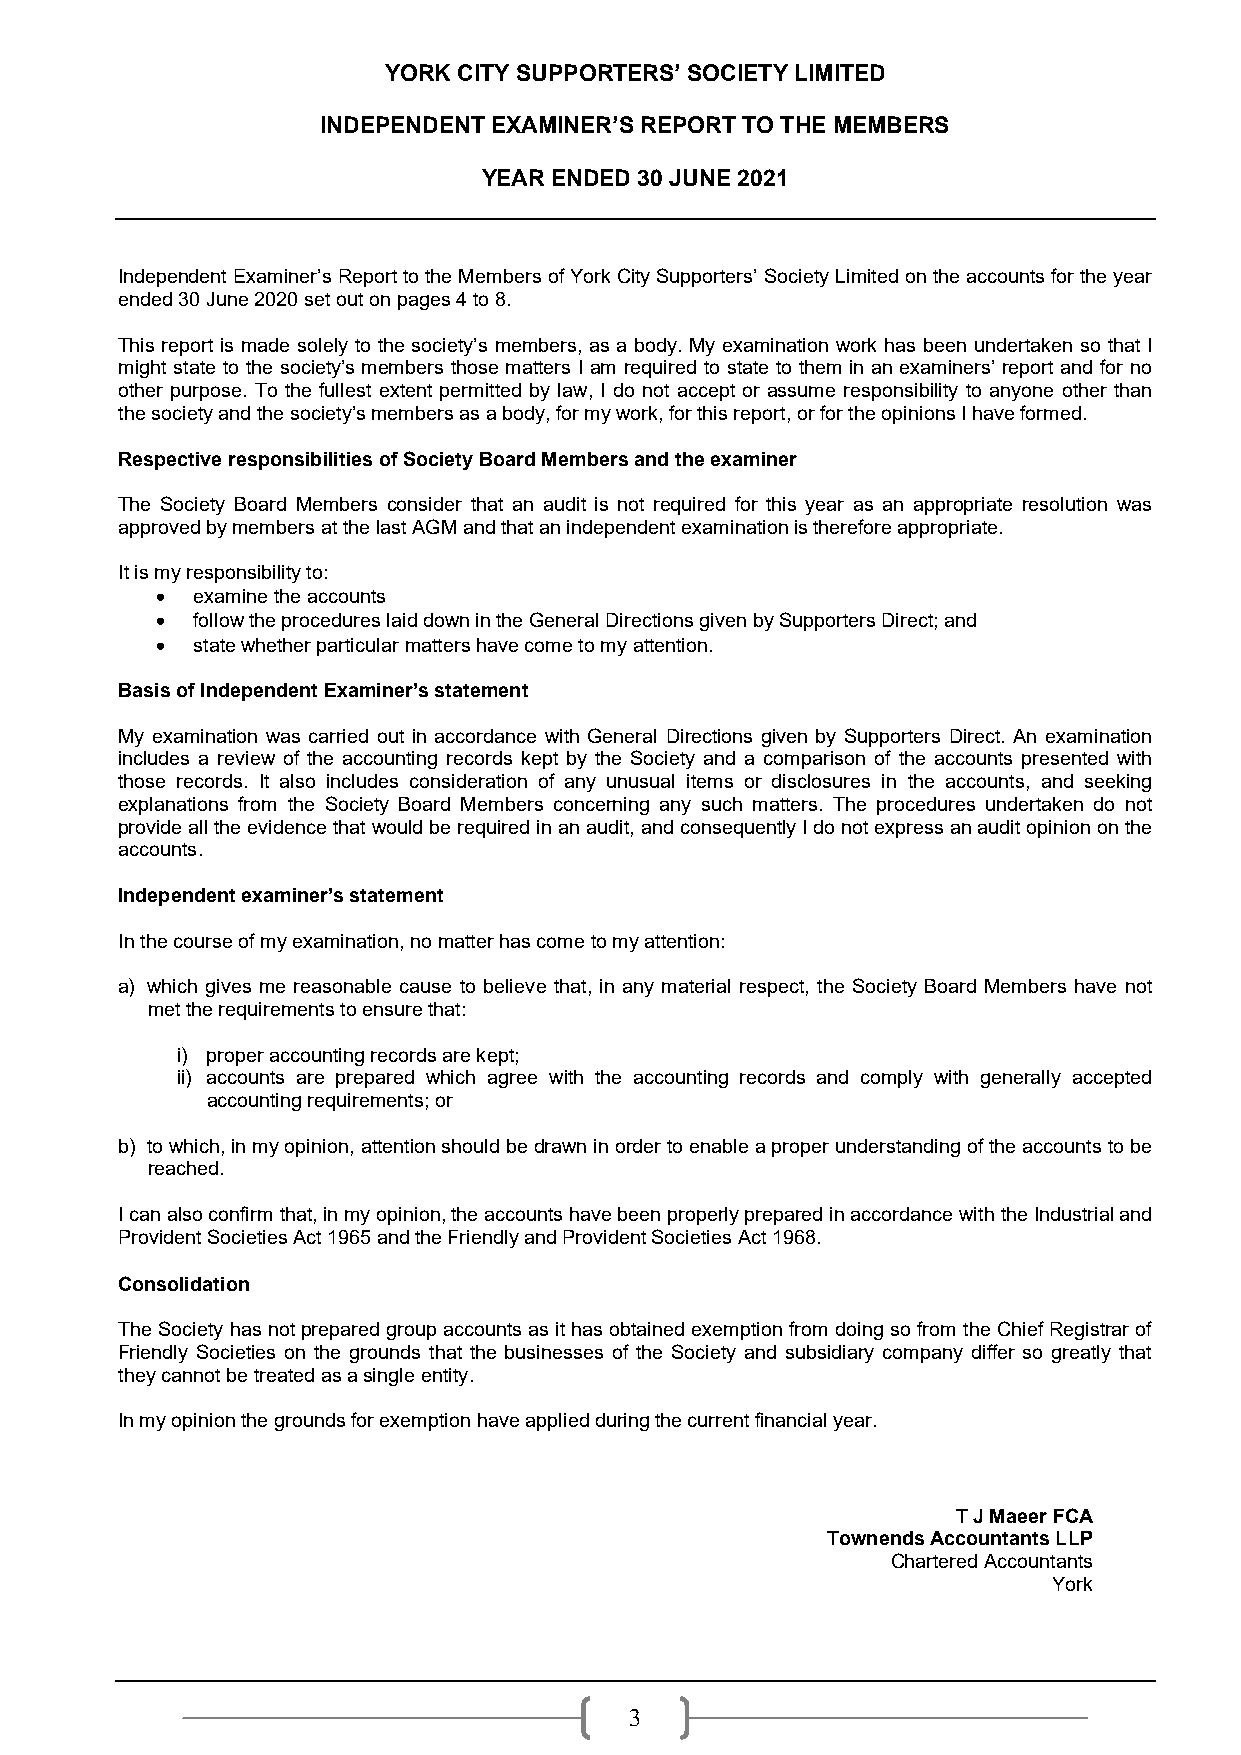
YORK CITY SUPPORTERS’ SOCIETY LIMITED
 INDEPENDENT EXAMINER’S REPORT TO THE MEMBERS
 YEAR ENDED 30 JUNE 2021
 Independent Examiner’s Report to the Members of York City Supporters’ Society Limited on the accounts for the year
 ended 30 June 2020 set out on pages 4 to 8.
 This report is made solely to the society’s members, as a body. My examination work has been undertaken so that I
 might state to the society’s members those matters I am required to state to them in an examiners’ report and for no
 other purpose. To the fullest extent permitted by law, I do not accept or assume responsibility to anyone other than
 the society and the society’s members as a body, for my work, for this report, or for the opinions I have formed.
 Respective responsibilities of Society Board Members and the examiner
 The Society Board Members consider that an audit is not required for this year as an appropriate resolution was
 approved by members at the last AGM and that an independent examination is therefore appropriate.
 It is my responsibility to:
   examine the accounts
   follow the procedures laid down in the General Directions given by Supporters Direct; and
   state whether particular matters have come to my attention.
 Basis of Independent Examiner’s statement
 My examination was carried out in accordance with General Directions given by Supporters Direct. An examination
 includes a review of the accounting records kept by the Society and a comparison of the accounts presented with
 those records. It also includes consideration of any unusual items or disclosures in the accounts, and seeking
 explanations from the Society Board Members concerning any such matters. The procedures undertaken do not
 provide all the evidence that would be required in an audit, and consequently I do not express an audit opinion on the
 accounts.
 Independent examiner’s statement
 In the course of my examination, no matter has come to my attention:
 a) which gives me reasonable cause to believe that, in any material respect, the Society Board Members have not
 met the requirements to ensure that:
 i) proper accounting records are kept;
 ii) accounts are prepared which agree with the accounting records and comply with generally accepted
 accounting requirements; or
 b) to which, in my opinion, attention should be drawn in order to enable a proper understanding of the accounts to be
 reached.
 I can also confirm that, in my opinion, the accounts have been properly prepared in accordance with the Industrial and
 Provident Societies Act 1965 and the Friendly and Provident Societies Act 1968.
 Consolidation
 The Society has not prepared group accounts as it has obtained exemption from doing so from the Chief Registrar of
 Friendly Societies on the grounds that the businesses of the Society and subsidiary company differ so greatly that
 they cannot be treated as a single entity.
 In my opinion the grounds for exemption have applied during the current financial year.
 T J Maeer FCA
 Townends Accountants LLP
 Chartered Accountants
 York
 3